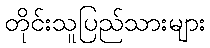
တိုင်းသူပြည်သားများ